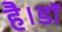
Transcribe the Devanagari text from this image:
है।डॉ